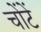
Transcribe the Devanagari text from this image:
चोंटें